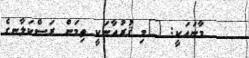
މާނައަކީ: "މި ޤުރުއާނަކީ ތިމަން ރަސްކަލާނގެ